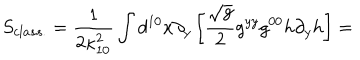
LaTeX: S _ { c l a s s . } = \frac { 1 } { 2 \kappa _ { 1 0 } ^ { 2 } } \int d ^ { 1 0 } x \partial _ { y } \left[ \frac { \sqrt { g } } { 2 } g ^ { y y } g ^ { 0 0 } h \partial _ { y } h \right] =